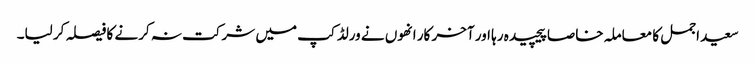
سعید اجمل کا معاملہ خاصا پیچیدہ رہا اور آخر کار انھوں نے ورلڈ کپ میں شرکت نہ کرنے کا فیصلہ کر لیا۔